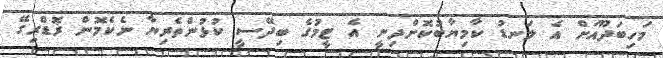
މަހިބަދޫއަށް އެ ލަނޑު ކާމިޔާބުކޮށްދިނީ އެ ޓީމުގެ ބިދޭސީ ކުޅުންތެރިޔާ ނެކެމޮން ޜޮޑްރިގޭ